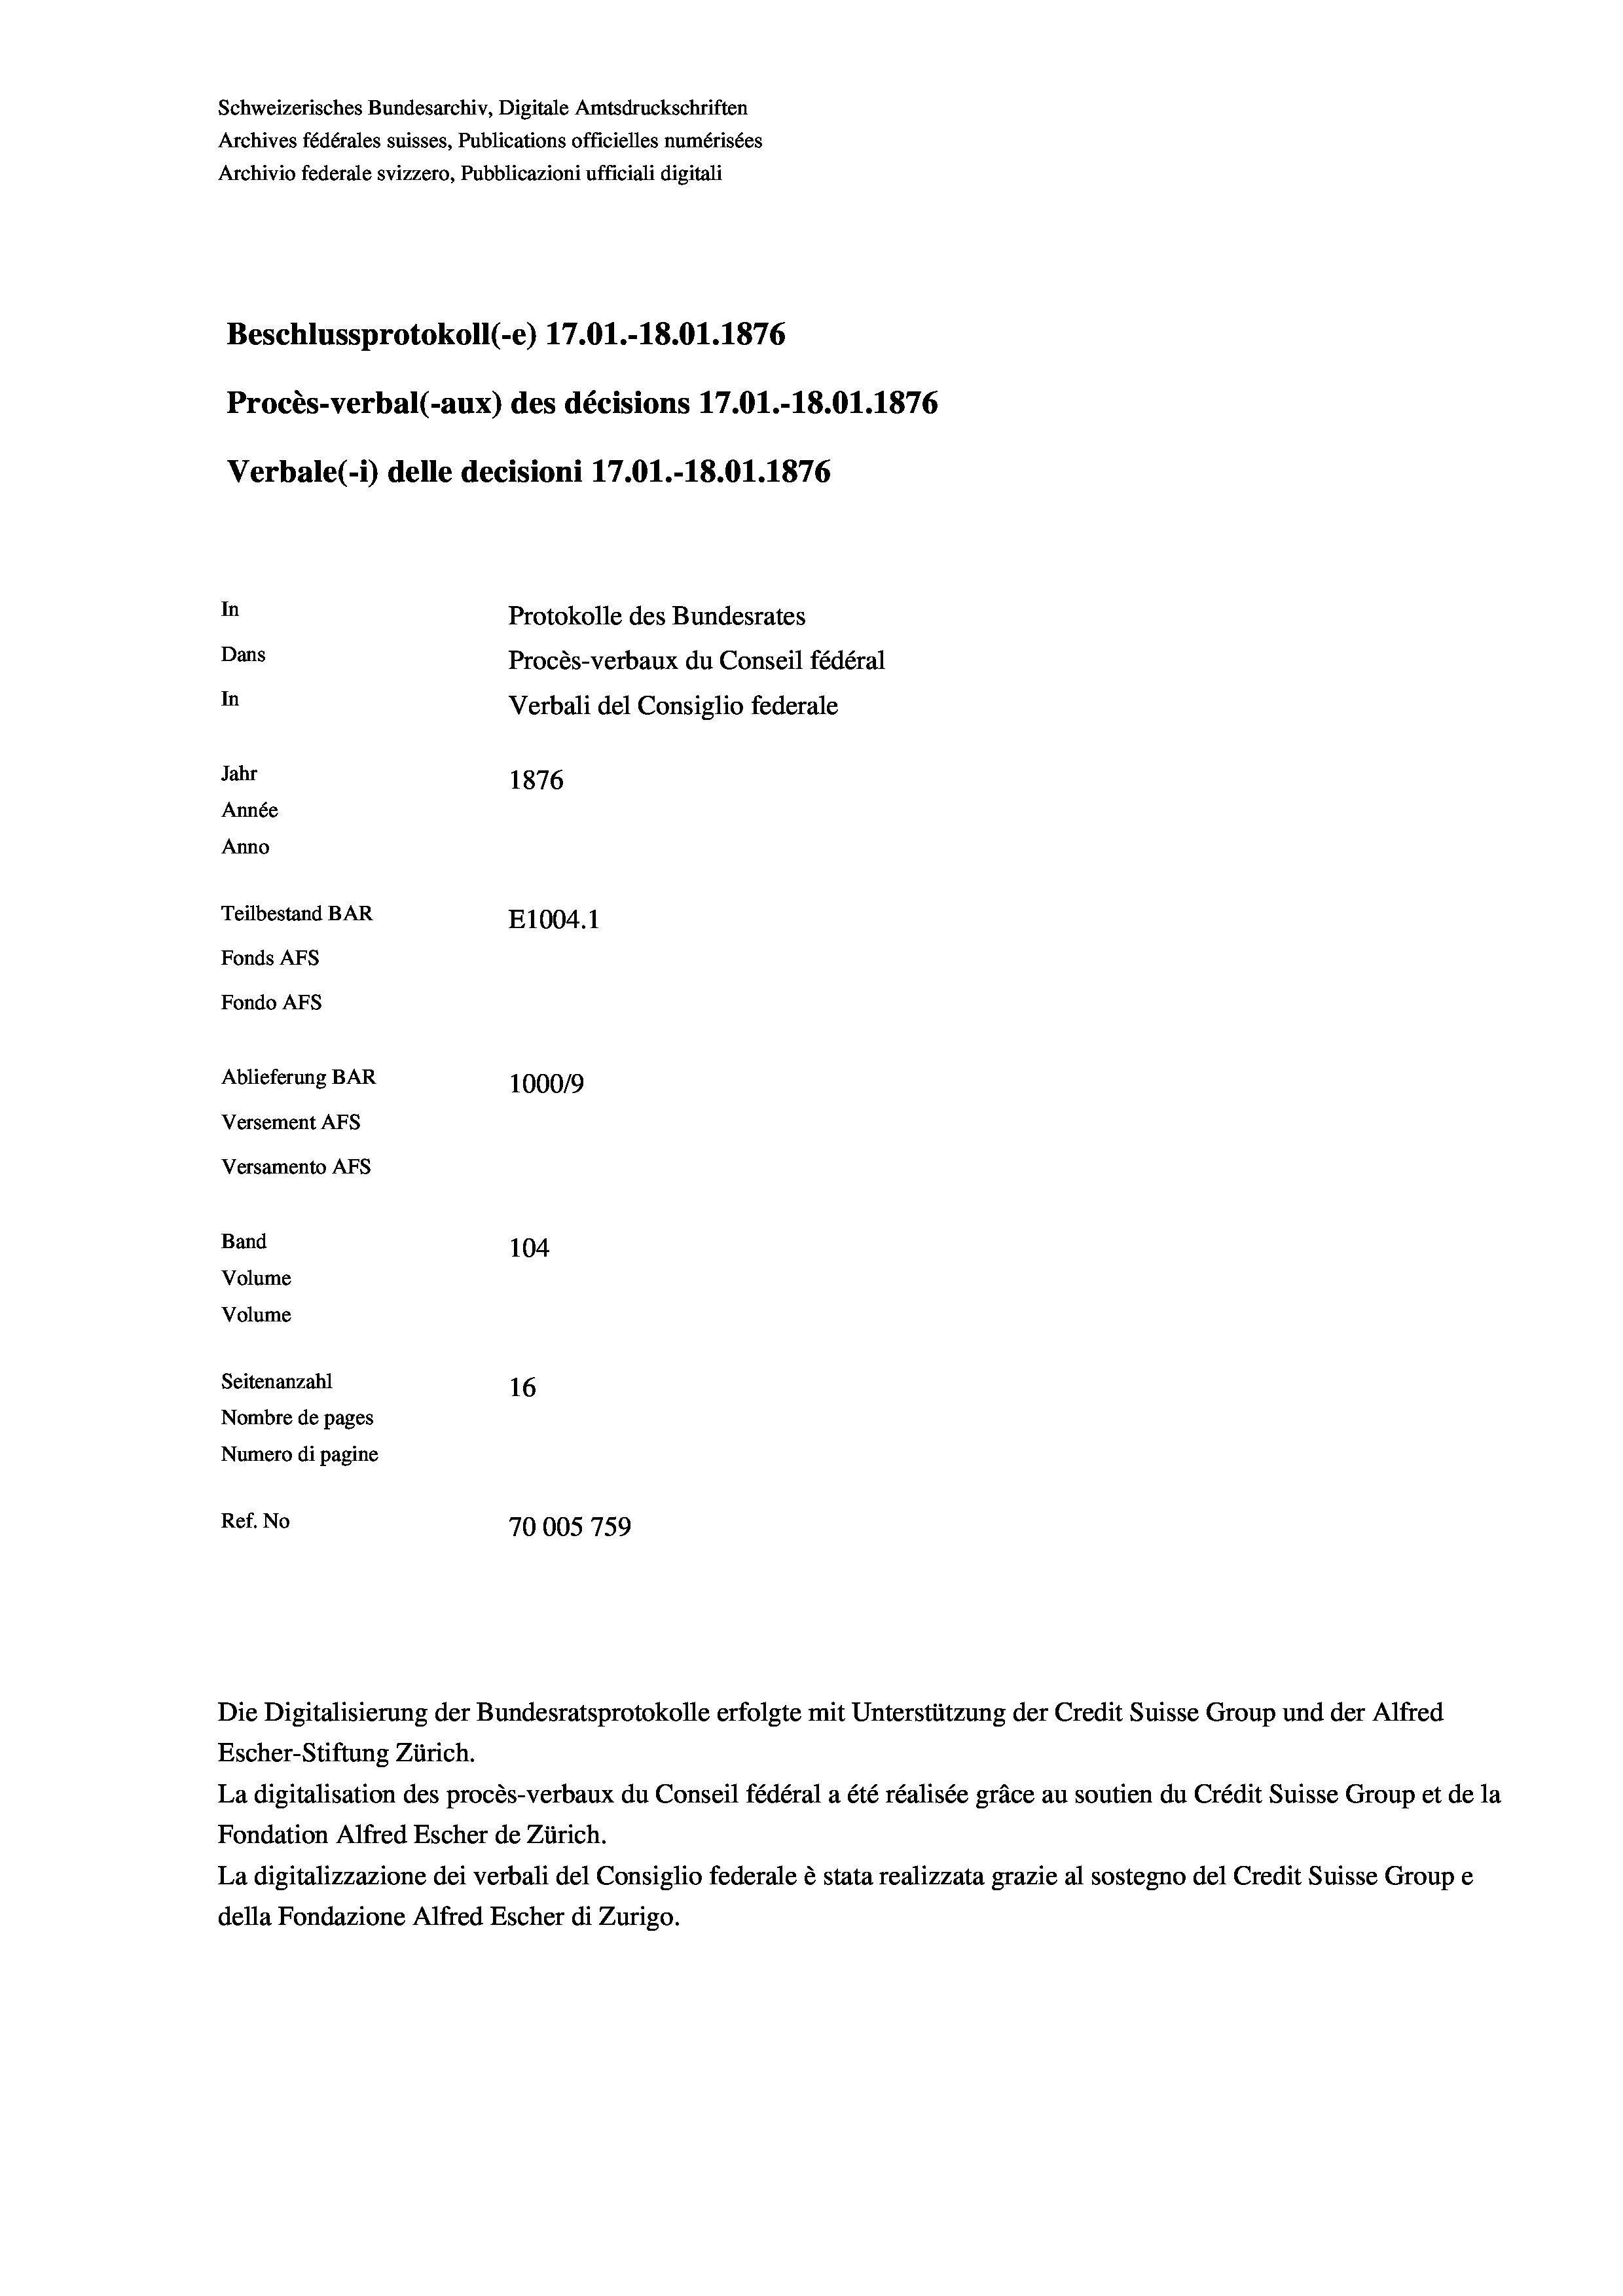
Schweizerisches Bundesarchiv, Digitale Amtsdruckschriften
Archives fédérales suisses, Publications officielles numérisées
Archivio federale svizzero, Pubblicazioni ufficiali digitali
Beschlussprotokoll (-e) 17.01.-18.01. 1876
Procès-verbal (-aux) des décisions 17.01.-18.01. 1876
Verbale (1) delle decisioni 17.01.-18.01. 1876
In
Protokolle des Bundesrates
Dans
Procès-verbaux du Conseil fédéral
In
Verbali del Consiglio federale
Jahr
1876
Année
Anno
Teilbestand BAR
E1004.1
Fonds AFs
Fondo Afs
Ablieferung BAR
100019
Versement AFs
Versamento AFs
Band
104
Volume
Volume
Seitenanzahl
16

Nombre de pages
Numero di pagine
Ref. No
70005 759

Die Digitalisierung der Bundesratsprotokolle erfolgte mit Unterstützung der Credit Suisse Group und der Alfred
Escher-Stiftung Zürich.
La digitalisation des procès-verbaux du Conseil fédéral a été réalisée gräce au soutien du Crédit Suisse Group et de la
Fondation Alfred Escher de Zürich.
La digitalizzazione dei verbali del Consiglio federale è stata realizzata grazie al sostegno del Credit Suisse Groupe
della Fondazione Alfred Escher di Zurigo.